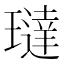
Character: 㼀